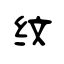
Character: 纹